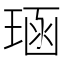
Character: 𪻱